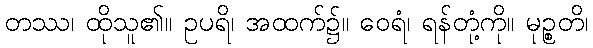
တဿ၊ ထိုသူ၏။ ဥပရိ၊ အထက်၌။ ဝေရံ၊ ရန်တုံ့ကို။ မုဉ္စတိ၊